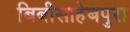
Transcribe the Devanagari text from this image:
बिबीसाहेबपुरा